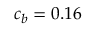
c _ { b } = 0 . 1 6